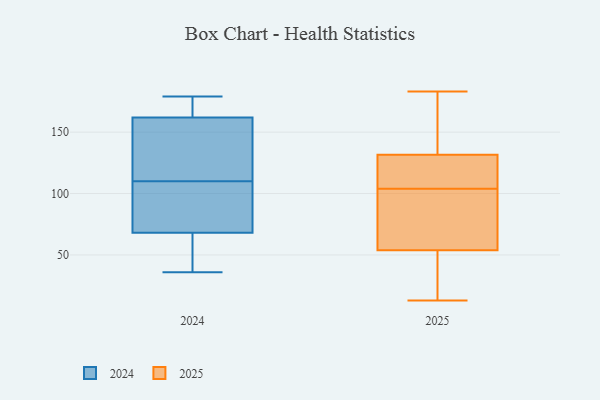
{"axis": {"x": "Budget (USD K)", "y": "Value"}, "legend": ["2024", "2025"], "data": [{"x": "", "y": 128, "type": "2025"}, {"x": "", "y": 69, "type": "2025"}, {"x": "", "y": 120, "type": "2025"}, {"x": "", "y": 142, "type": "2025"}, {"x": "", "y": 72, "type": "2025"}, {"x": "", "y": 50, "type": "2025"}, {"x": "", "y": 20, "type": "2025"}, {"x": "", "y": 165, "type": "2025"}, {"x": "", "y": 128, "type": "2025"}, {"x": "", "y": 34, "type": "2025"}, {"x": "", "y": 112, "type": "2025"}, {"x": "", "y": 104, "type": "2025"}, {"x": "", "y": 13, "type": "2025"}, {"x": "", "y": 55, "type": "2025"}, {"x": "", "y": 65, "type": "2025"}, {"x": "", "y": 183, "type": "2025"}, {"x": "", "y": 175, "type": "2025"}, {"x": "", "y": 172, "type": "2024"}, {"x": "", "y": 105, "type": "2024"}, {"x": "", "y": 179, "type": "2024"}, {"x": "", "y": 115, "type": "2024"}, {"x": "", "y": 46, "type": "2024"}, {"x": "", "y": 160, "type": "2024"}, {"x": "", "y": 162, "type": "2024"}, {"x": "", "y": 68, "type": "2024"}, {"x": "", "y": 36, "type": "2024"}, {"x": "", "y": 83, "type": "2024"}]}